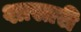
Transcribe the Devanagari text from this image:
शास्तरी